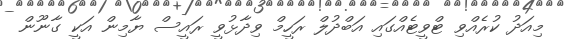
މިއަދު ކުރެއްވި ޓްވީޓެއްގައި އަބްދުލް ރަހީމް ވިދާޅުވީ ރައީސް ޔާމިން އަކީ ގާނޫން